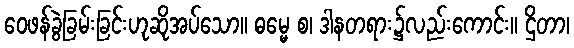
ဝေဖန်ခွဲခြမ်းခြင်းဟုဆိုအပ်သော။ ဓမ္မေ စ၊ ဒါနတရား၌လည်းကောင်း။ ဌိတာ၊